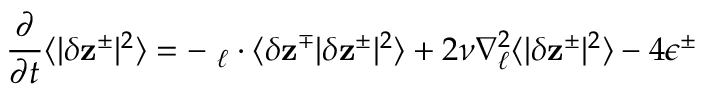
\displaystyle \frac { \partial } { \partial t } \langle | \delta \mathbf { z } ^ { \pm } | ^ { 2 } \rangle = - \mathbf { \nabla } _ { \boldsymbol { \ell } } \cdot \langle \delta \mathbf { z } ^ { \mp } | \delta \mathbf { z } ^ { \pm } | ^ { 2 } \rangle + 2 \nu \nabla _ { \boldsymbol { \ell } } ^ { 2 } \langle | \delta \mathbf { z } ^ { \pm } | ^ { 2 } \rangle - 4 \epsilon ^ { \pm }